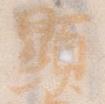
顕